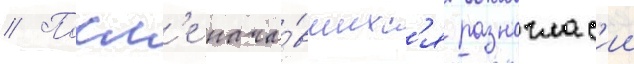
// Посл'е нача́вшихс'я разноглас'ии